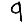
Digit: 9